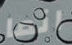
انما